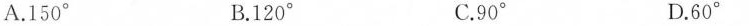
A.150° B.120° C.90° D.60°